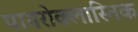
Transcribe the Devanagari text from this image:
पायरोक्लास्तिक